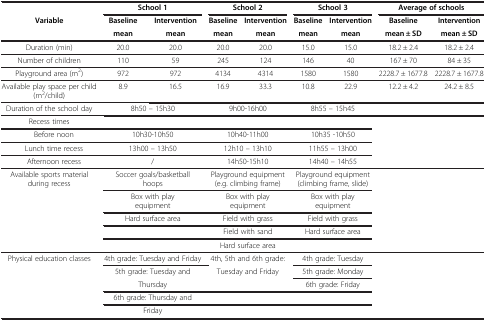
<table><thead><tr><td>[EMPTY_CELL]</td><td colspan="2"><b>School 1</b></td><td colspan="2"><b>School 2</b></td><td colspan="2"><b>School 3</b></td><td colspan="2"><b>Average of schools</b></td></tr><tr><td><b>Variable</b></td><td><b>Baseline</b></td><td><b>Intervention</b></td><td><b>Baseline</b></td><td><b>Intervention</b></td><td><b>Baseline</b></td><td><b>Intervention</b></td><td><b>Baseline</b></td><td><b>Intervention</b></td></tr><tr><td>[EMPTY_CELL]</td><td><b>mean</b></td><td><b>mean</b></td><td><b>mean</b></td><td><b>mean</b></td><td><b>mean</b></td><td><b>mean</b></td><td><b>mean ± SD</b></td><td><b>mean ± SD</b></td></tr></thead><tbody><tr><td>Duration (min)</td><td>20.0</td><td>20.0</td><td>20.0</td><td>20.0</td><td>15.0</td><td>15.0</td><td>18.2 ± 2.4</td><td>18.2 ± 2.4</td></tr><tr><td>Number of children</td><td>110</td><td>59</td><td>245</td><td>124</td><td>146</td><td>40</td><td>167 ± 70</td><td>84 ± 35</td></tr><tr><td>Playground area (m<sup>2</sup>)</td><td>972</td><td>972</td><td>4134</td><td>4314</td><td>1580</td><td>1580</td><td>2228.7 ± 1677.8</td><td>2228.7 ± 1677.8</td></tr><tr><td>Available play space per child (m<sup>2</sup>/child)</td><td>8.9</td><td>16.5</td><td>16.9</td><td>33.3</td><td>10.8</td><td>22.9</td><td>12.2 ± 4.2</td><td>24.2 ± 8.5</td></tr><tr><td>Duration of the school day</td><td colspan="2">8h50 – 15h30</td><td colspan="2">9h00-16h00</td><td colspan="2">8h55 – 15h45</td><td colspan="2">[EMPTY_CELL]</td></tr><tr><td>Recess times</td><td colspan="2">[EMPTY_CELL]</td><td colspan="2">[EMPTY_CELL]</td><td colspan="2">[EMPTY_CELL]</td><td colspan="2" rowspan="4">[EMPTY_CELL]</td></tr><tr><td>Before noon</td><td colspan="2">10h30-10h50</td><td colspan="2">10h40-11h00</td><td colspan="2">10h35 -10h50</td></tr><tr><td>Lunch time recess</td><td colspan="2">13h00 – 13h50</td><td colspan="2">12h10 – 13h10</td><td colspan="2">11h55 – 13h00</td></tr><tr><td>Afternoon recess</td><td colspan="2">/</td><td colspan="2">14h50-15h10</td><td colspan="2">14h40 – 14h55</td></tr><tr><td rowspan="5">Available sports material during recess</td><td colspan="2">Soccer goals/basketball hoops</td><td colspan="2">Playground equipment (e.g. climbing frame)</td><td colspan="2">Playground equipment (climbing frame, slide)</td><td colspan="2" rowspan="5">[EMPTY_CELL]</td></tr><tr><td colspan="2">Box with play equipment</td><td colspan="2">Box with play equipment</td><td colspan="2">Box with play equipment</td></tr><tr><td colspan="2">Hard surface area</td><td colspan="2">Field with grass</td><td colspan="2">Field with grass</td></tr><tr><td colspan="2">[EMPTY_CELL]</td><td colspan="2">Field with sand</td><td colspan="2">Hard surface area</td></tr><tr><td colspan="2">[EMPTY_CELL]</td><td colspan="2">Hard surface area</td><td colspan="2">[EMPTY_CELL]</td></tr><tr><td rowspan="5">Physical education classes</td><td colspan="2">4th grade: Tuesday and Friday</td><td colspan="2">4th, 5th and 6th grade:</td><td colspan="2">4th grade: Tuesday</td><td colspan="2" rowspan="5">[EMPTY_CELL]</td></tr><tr><td colspan="2">5th grade: Tuesday and</td><td colspan="2">Tuesday and Friday</td><td colspan="2">5th grade: Monday</td></tr><tr><td colspan="2">Thursday</td><td colspan="2">[EMPTY_CELL]</td><td colspan="2">6th grade: Friday</td></tr><tr><td colspan="2">6th grade: Thursday and</td><td colspan="2">[EMPTY_CELL]</td><td colspan="2">[EMPTY_CELL]</td></tr><tr><td colspan="2">Friday</td><td colspan="2">[EMPTY_CELL]</td><td colspan="2">[EMPTY_CELL]</td></tr></tbody></table>